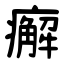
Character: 㿍